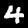
Label: 4